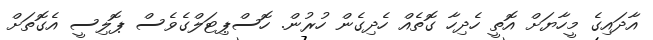
އާދައިގެ މީހާޔަށް އޮތީ ހެދިހާ ގޮތެއް ހެދިގެން ހުރުން. ހޮސްޕިޓަލްގެވެސް ޕޮލިސީ އެގޮތަށް